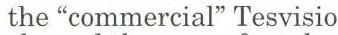
the"commercial" Tesvisio